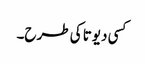
کسی دیوتا کی طرح۔